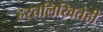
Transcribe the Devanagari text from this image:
हस्तलिखितेही